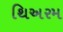
થિઅરમ